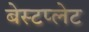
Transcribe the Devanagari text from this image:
बेस्टप्लेट